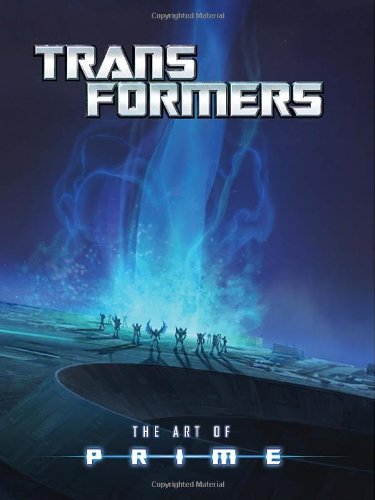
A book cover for Transformers: Art of Prime; Jim Sorenson; Arts & Photography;